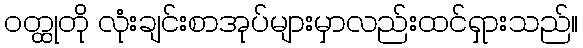
ဝတ္ထုတို လုံးချင်းစာအုပ်များမှာလည်းထင်ရှားသည်။